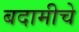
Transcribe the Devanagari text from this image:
बदामीचे